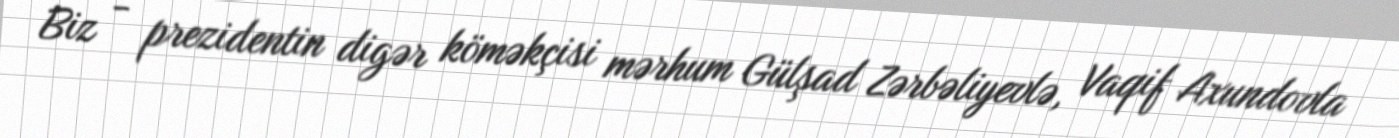
Biz - prezidentin digər köməkçisi mərhum Gülşad Zərbəliyevlə, Vaqif Axundovla